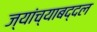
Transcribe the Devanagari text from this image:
ज्यांच्याबद्दल